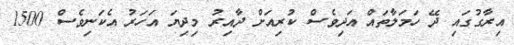
އިރާގުގައި ދޭ ހަމަލާތައް އަދިވެސް ކުރިއަށް ދާއިރު މިދިޔަ އަހަރު އެކަނިވެސް 1500